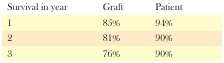
<table><thead><tr><td><b>Survival in year</b></td><td><b>Graft</b></td><td><b>Patient</b></td></tr></thead><tbody><tr><td>1</td><td>85%</td><td>94%</td></tr><tr><td>2</td><td>81%</td><td>90%</td></tr><tr><td>3</td><td>76%</td><td>90%</td></tr></tbody></table>